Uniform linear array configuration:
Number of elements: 16
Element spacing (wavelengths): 1
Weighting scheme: uniform
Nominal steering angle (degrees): -15
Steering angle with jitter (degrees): -13.609
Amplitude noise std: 0.05
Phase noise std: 0.05

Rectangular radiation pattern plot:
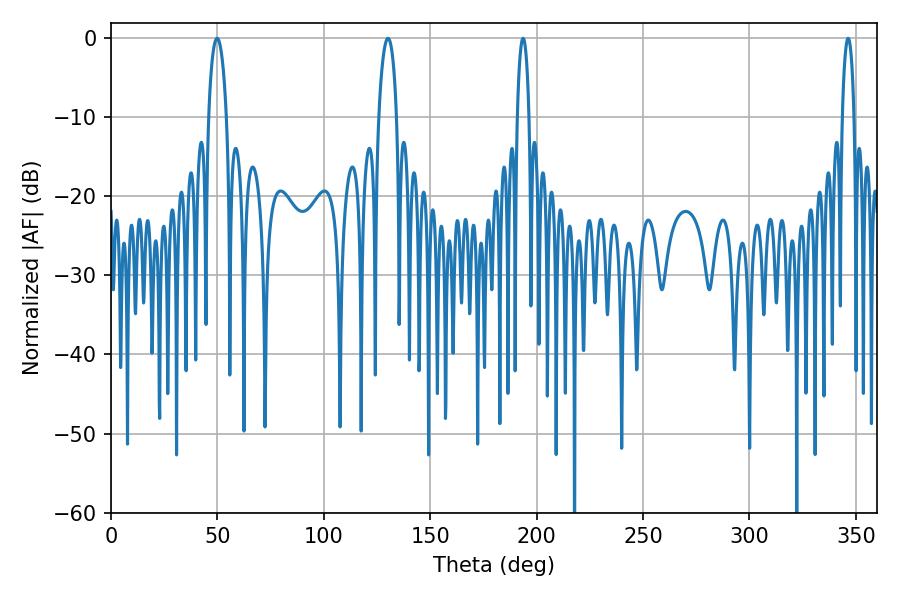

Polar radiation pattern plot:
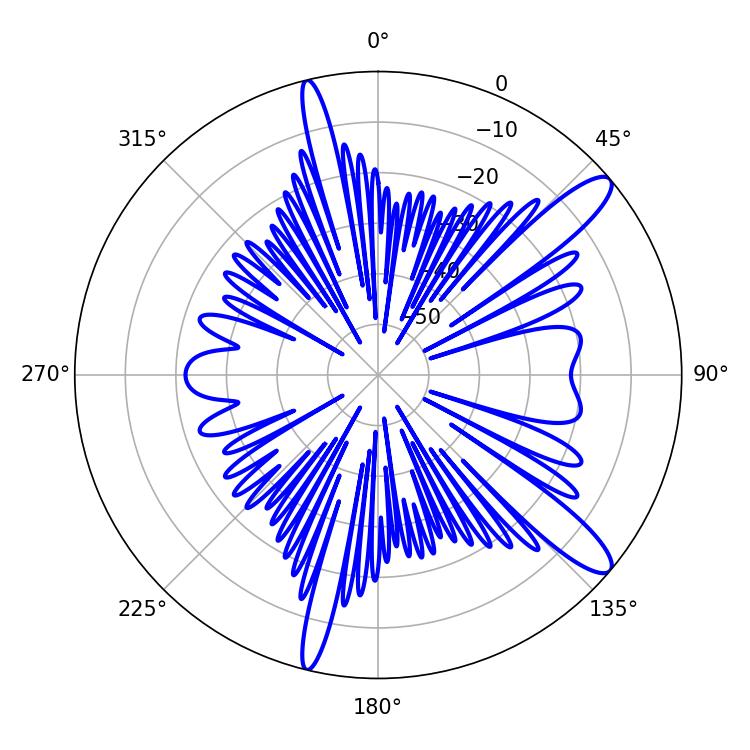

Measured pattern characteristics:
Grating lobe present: TRUE
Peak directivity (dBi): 12.303
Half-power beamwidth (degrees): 4.86
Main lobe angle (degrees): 49.86